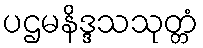
ပဌမနိဒ္ဒသသုတ္တံ